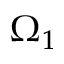
\Omega _ { 1 }